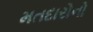
મતદારોનો